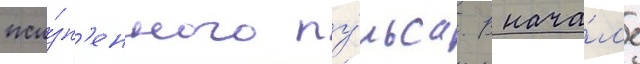
жи́зн'енного пу́льса. В нача́л'е